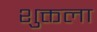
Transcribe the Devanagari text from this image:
शुक्तला